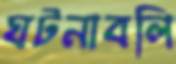
ঘটনাবলি